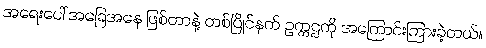
အရေးပေါ် အခြေအနေ ဖြစ်တာနဲ့ တစ်ပြိုင်နက် ဥက္ကဌကို အကြောင်းကြားခဲ့တယ်။